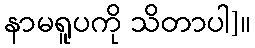
နာမရူပကို သိတာပါ]။